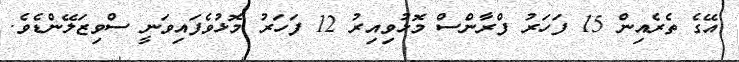
އޭގެ ތެރެއިން 15 ފަހަރު ފްރާންސް މޮޅުވިއިރު 12 ފަހަރު މޮޅުވެފައިވަނީ ސްވިޒަލޭންޑެވެ.